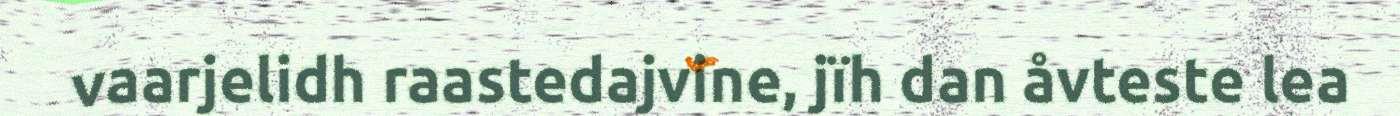
vaarjelidh raastedajvine, jïh dan åvteste lea